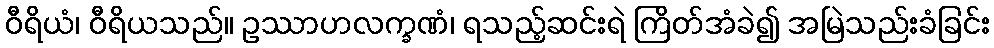
ဝီရိယံ၊ ဝီရိယသည်။ ဥဿာဟလက္ခဏံ၊ ရသည့်ဆင်းရဲ ကြိတ်အံခဲ၍ အမြဲသည်းခံခြင်း